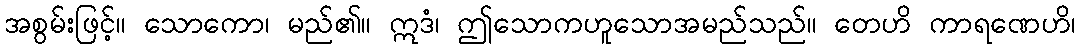
အစွမ်းဖြင့်။ သောကော၊ မည်၏။ ဣဒံ၊ ဤသောကဟူသောအမည်သည်။ တေဟိ ကာရဏေဟိ၊